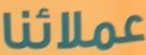
عملائنا